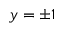
y = \pm 1